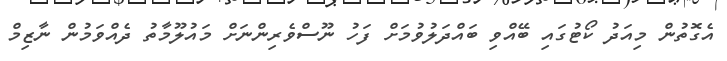
އެގޮތުން މިއަދު ކޯޓުގައި ބޭއްވި ބައްދަލުވުމަށް ފަހު ނޫސްވެރިންނަށް މައުލޫމާތު ދެއްވަމުން ނާޒިމް